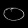
Digit: ၀